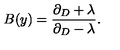
B ( y ) = \frac { \partial _ { D } + \lambda } { \partial _ { D } - \lambda } .